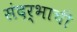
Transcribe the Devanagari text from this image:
संदर्भाची